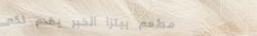
مطعم بيتزا الخبر يقدم لكم